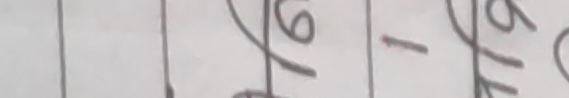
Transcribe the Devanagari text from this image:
१६ / १२०